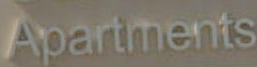
Apartments